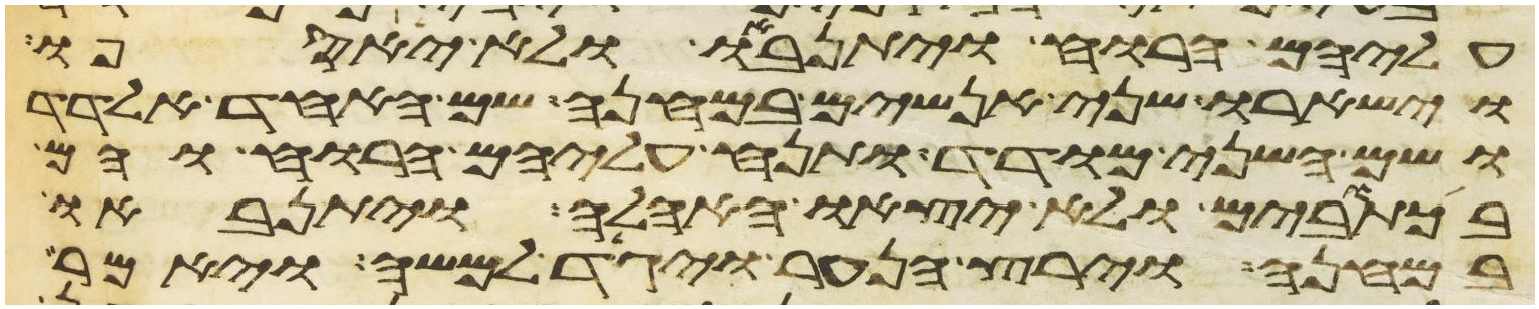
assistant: עליהם הרוח ויתנאבו ולא יאספו
וישארו שני אנשים במחנה שם האחד אלדד
ושם השני מודד ותנח עליהם הרוח והם
בכתובים ולא יצאו האהלה ויתנאבו
במחנה וירץ הנער ויגד למשה ויאמר